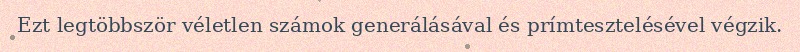
Ezt legtöbbször véletlen számok generálásával és prímtesztelésével végzik.